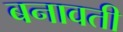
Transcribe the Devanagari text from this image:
बनावती